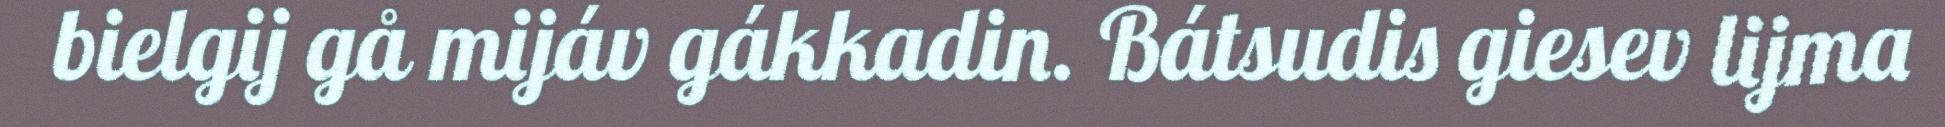
bielgij gå mijáv gákkadin. Bátsudis giesev lijma